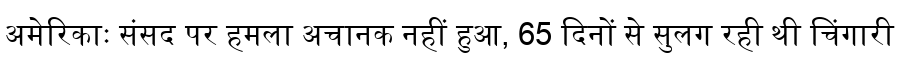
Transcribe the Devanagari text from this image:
अमेरिकाः संसद पर हमला अचानक नहीं हुआ, 65 दिनों से सुलग रही थी चिंगारी